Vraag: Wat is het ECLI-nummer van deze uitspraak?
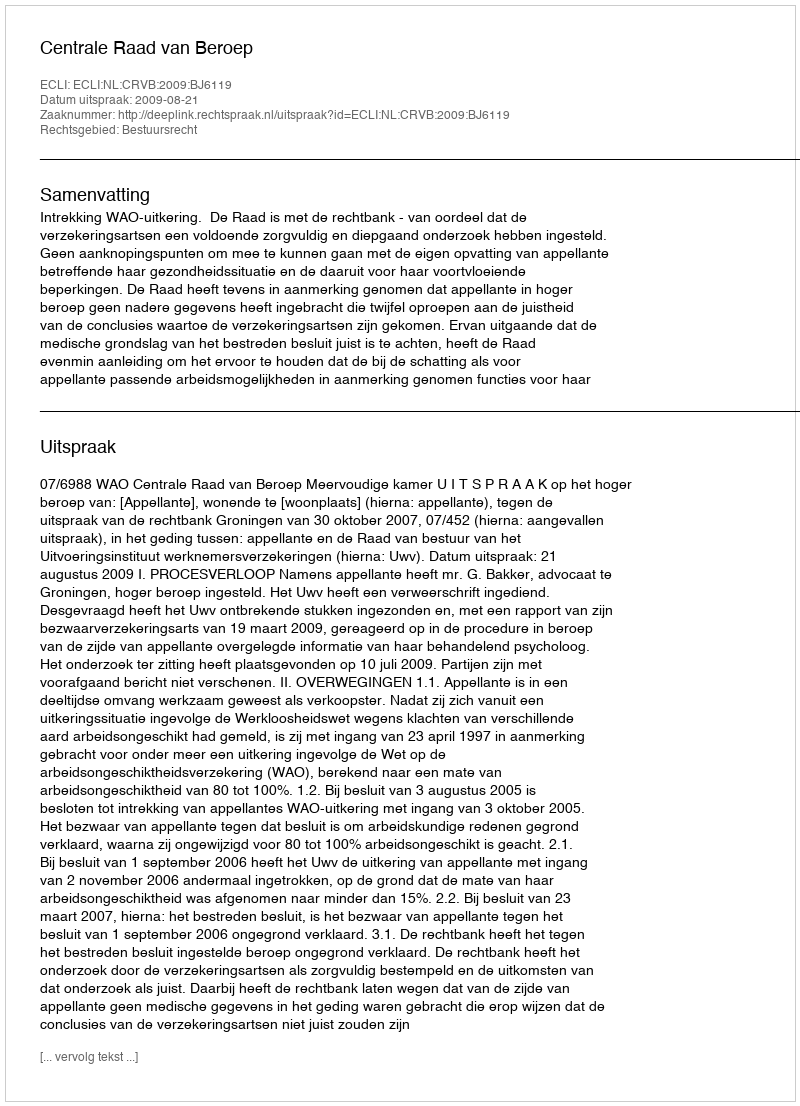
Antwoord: ECLI:NL:CRVB:2009:BJ6119